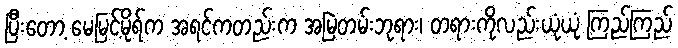
ပြီးတော့ မေမြင့်မိုရ်က အရင်ကတည်းက အမြဲတမ်းဘုရား၊ တရားကိုလည်းယုံယုံ ကြည်ကြည်